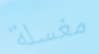
مغسلة